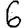
Digit: 6